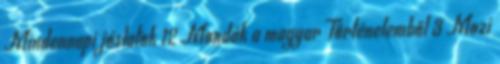
Mindennapi jóslatok 12 Mondák a magyar Történelemből 3 Mozi